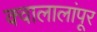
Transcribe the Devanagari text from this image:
क्वालालांपूर